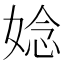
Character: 𫱁